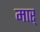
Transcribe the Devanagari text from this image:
मार्